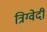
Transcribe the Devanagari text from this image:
त्रिग्वेदी